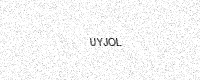
Text: UYJOL